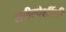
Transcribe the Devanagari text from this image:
शरीरपेशींशी